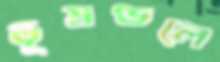
ভূমণ্ডলে